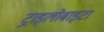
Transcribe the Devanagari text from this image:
ट्राइलोबाइटा